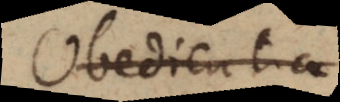
Obedientia